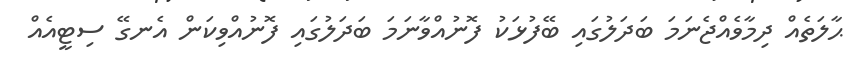
ޙާލަތެއް ދިމާވެއްޖެނަމަ ބަދަލުގައި ބޭފުޅަކު ފޮނުއްވާނަމަ ބަދަލުގައި ފޮނުއްވިކަން އެނގޭ ސިޓީއެއް